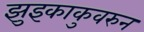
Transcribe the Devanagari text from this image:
झुइकाकुवरुन